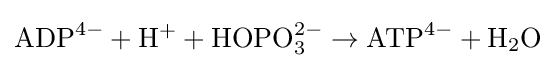
\mathrm {ADP} ^{4-}+\mathrm {H} ^{+}+\mathrm {HOPO} _{3}^{2-}\rightarrow \mathrm {ATP} ^{4-}+\mathrm {H_{2}O}